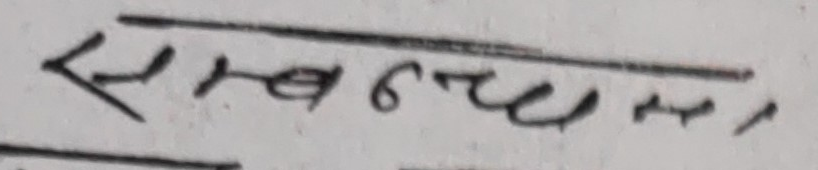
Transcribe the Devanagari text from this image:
सम्बन्धमा